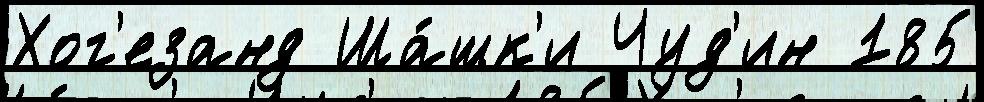
Хог'езанд Ша́шк'и Чуд'ин 185